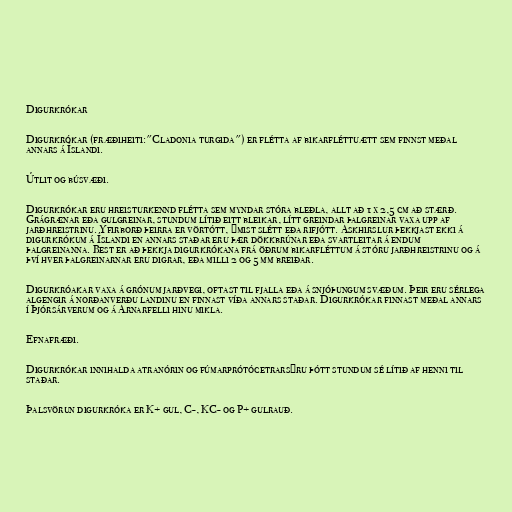
Digurkrókar

Digurkrókar (fræðiheiti:"Cladonia turgida") er flétta af bikarfléttuætt sem finnst meðal
annars á Íslandi.

Útlit og búsvæði.

Digurkrókar eru hreisturkennd flétta sem myndar stóra bleðla, allt að 1 x 2,5 cm að stærð.
Grágrænar eða gulgreinar, stundum lítið eitt bleikar, lítt greindar þalgreinar vaxa upp af
jarðhreistrinu. Yfirborð þeirra er vörtótt, ýmist slétt eða rifjótt. Askhirslur þekkjast ekki á
digurkrókum á Íslandi en annars staðar eru þær dökkbrúnar eða svartleitar á endum
þalgreinanna. Best er að þekkja digurkrókana frá öðrum bikarfléttum á stóru jarðhreistrinu og á
því hver þalgreinarnar eru digrar, eða milli 2 og 5 mm breiðar.

Digurkróakar vaxa á grónum jarðvegi, oftast til fjalla eða á snjóþungum svæðum. Þeir eru sérlega
algengir á norðanverðu landinu en finnast víða annars staðar. Digurkrókar finnast meðal annars
í Þjórsárverum og á Arnarfelli hinu mikla.

Efnafræði.

Digurkrókar innihalda atranórin og fúmarprótócetrarsýru þótt stundum sé lítið af henni til
staðar.

Þalsvörun digurkróka er K+ gul, C-, KC- og P+ gulrauð.